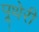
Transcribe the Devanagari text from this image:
पूथेरी